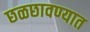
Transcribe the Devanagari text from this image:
छळछावण्यात